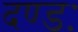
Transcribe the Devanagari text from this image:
दण्डः